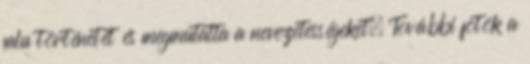
falu történetét és megmutatta a nevezetességeket. További fotók a